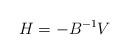
LaTeX: \begin{align*}H = - B^{-1} V\end{align*}